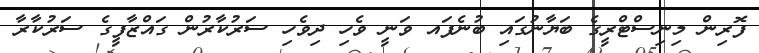
ފޮރިން މިނިސްޓްރީގެ ބަޔާނުގައި ބުނެފައ ވަނީ ވެހި ދިވެހި ސަރުކާރުން ގައްޒާފީގެ ސަރުކާރާ